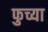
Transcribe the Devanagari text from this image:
फुच्या